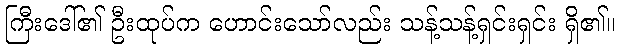
ကြီးဒေါ်၏ ဦးထုပ်က ဟောင်းသော်လည်း သန့်သန့်ရှင်းရှင်း ရှိ၏။